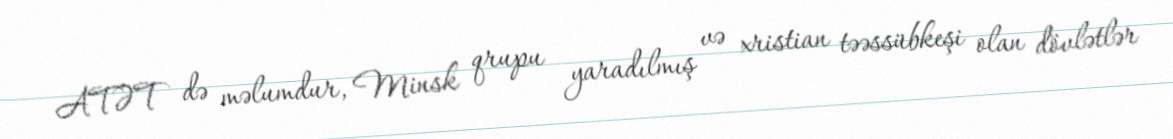
ATƏT də məlumdur, Minsk qrupu yaradılmış və xristian təəssübkeşi olan dövlətlər